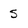
Character: s